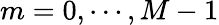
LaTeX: m=0,\cdots,M-1